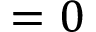
= 0